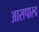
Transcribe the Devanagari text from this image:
आसपास्द